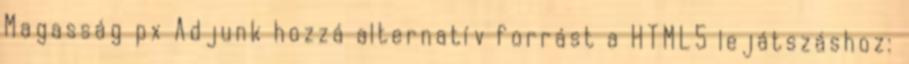
Magasság px Adjunk hozzá alternatív forrást a HTML5 lejátszáshoz: